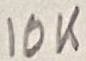
Text: 10K